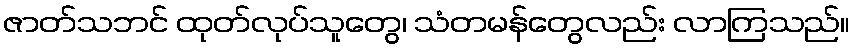
ဇာတ်သဘင် ထုတ်လုပ်သူတွေ၊ သံတမန်တွေလည်း လာကြသည်။